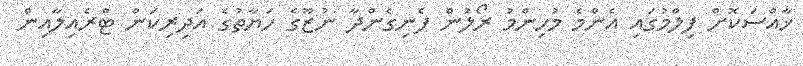
ޚާއްސަކޮށް ފިލްމުގައި އެންމެ މުހިންމު ރޯލުން ފެނިގެންދާ ނުޒޫގެ ހަޔާތުގެ އަދިރިކަން ޓްރެއިލާއިން